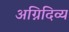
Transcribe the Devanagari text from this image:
अग्निदिव्य